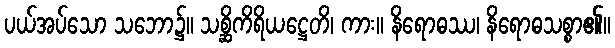
ပယ်အပ်သော သဘော၌။ သစ္ဆိကိရိယဋ္ဌေတိ၊ ကား။ နိရောဓဿ၊ နိရောဓသစ္စာ၏။